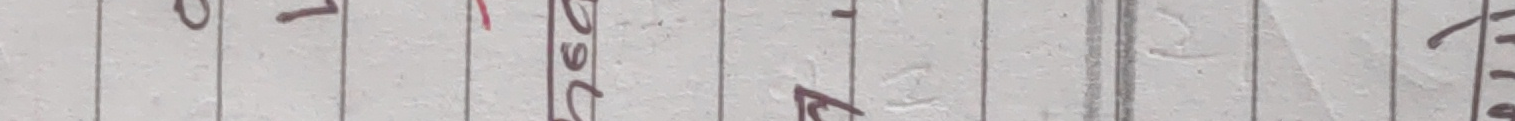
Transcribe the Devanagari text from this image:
७ १ दिसं० १८